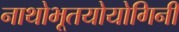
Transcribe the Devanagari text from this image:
नाथोभूतयोयोगिनी